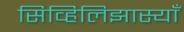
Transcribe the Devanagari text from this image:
सिव्हिलिझास्याँ